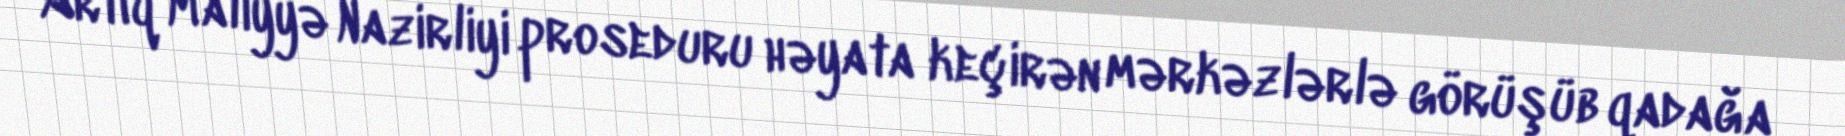
Artıq Maliyyə Nazirliyi proseduru həyata keçirən mərkəzlərlə görüşüb qadağa